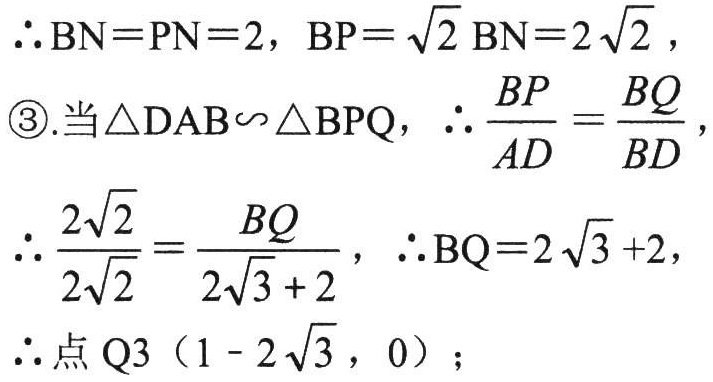
\(\therefore \text{BN}=\text{PN}=2\)，\(\text{BP}=\sqrt{2}\text{BN}=2\sqrt{2}\)，
\textcircled{3}.当\(\triangle \text{DAB}\sim\triangle \text{BPQ}\)，\(\therefore \frac{\text{BP}}{\text{AD}}=\frac{\text{BQ}}{\text{BD}}\)，
\(\therefore \frac{2\sqrt{2}}{2\sqrt{2}}=\frac{\text{BQ}}{2\sqrt{3}+2}\)，\(\therefore \text{BQ}=2\sqrt{3}+2\)，
\(\therefore\)点 \(\text{Q}3\ (1 - 2\sqrt{3},0)\)；